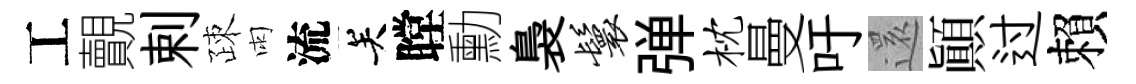
工覿剌疎雨流关瞠勳裊鬟弹枕曼吁𮟃顚过賴